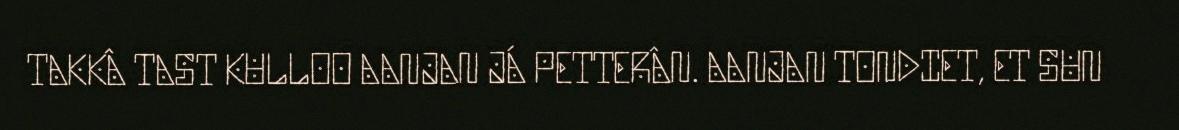
TAKKÂ TAST KULLOO AANJAN JÁ PETTERÂN. AANJAN TONDIET, ET SUN